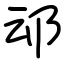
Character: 䢵